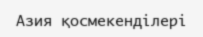
Азия қосмекенділері